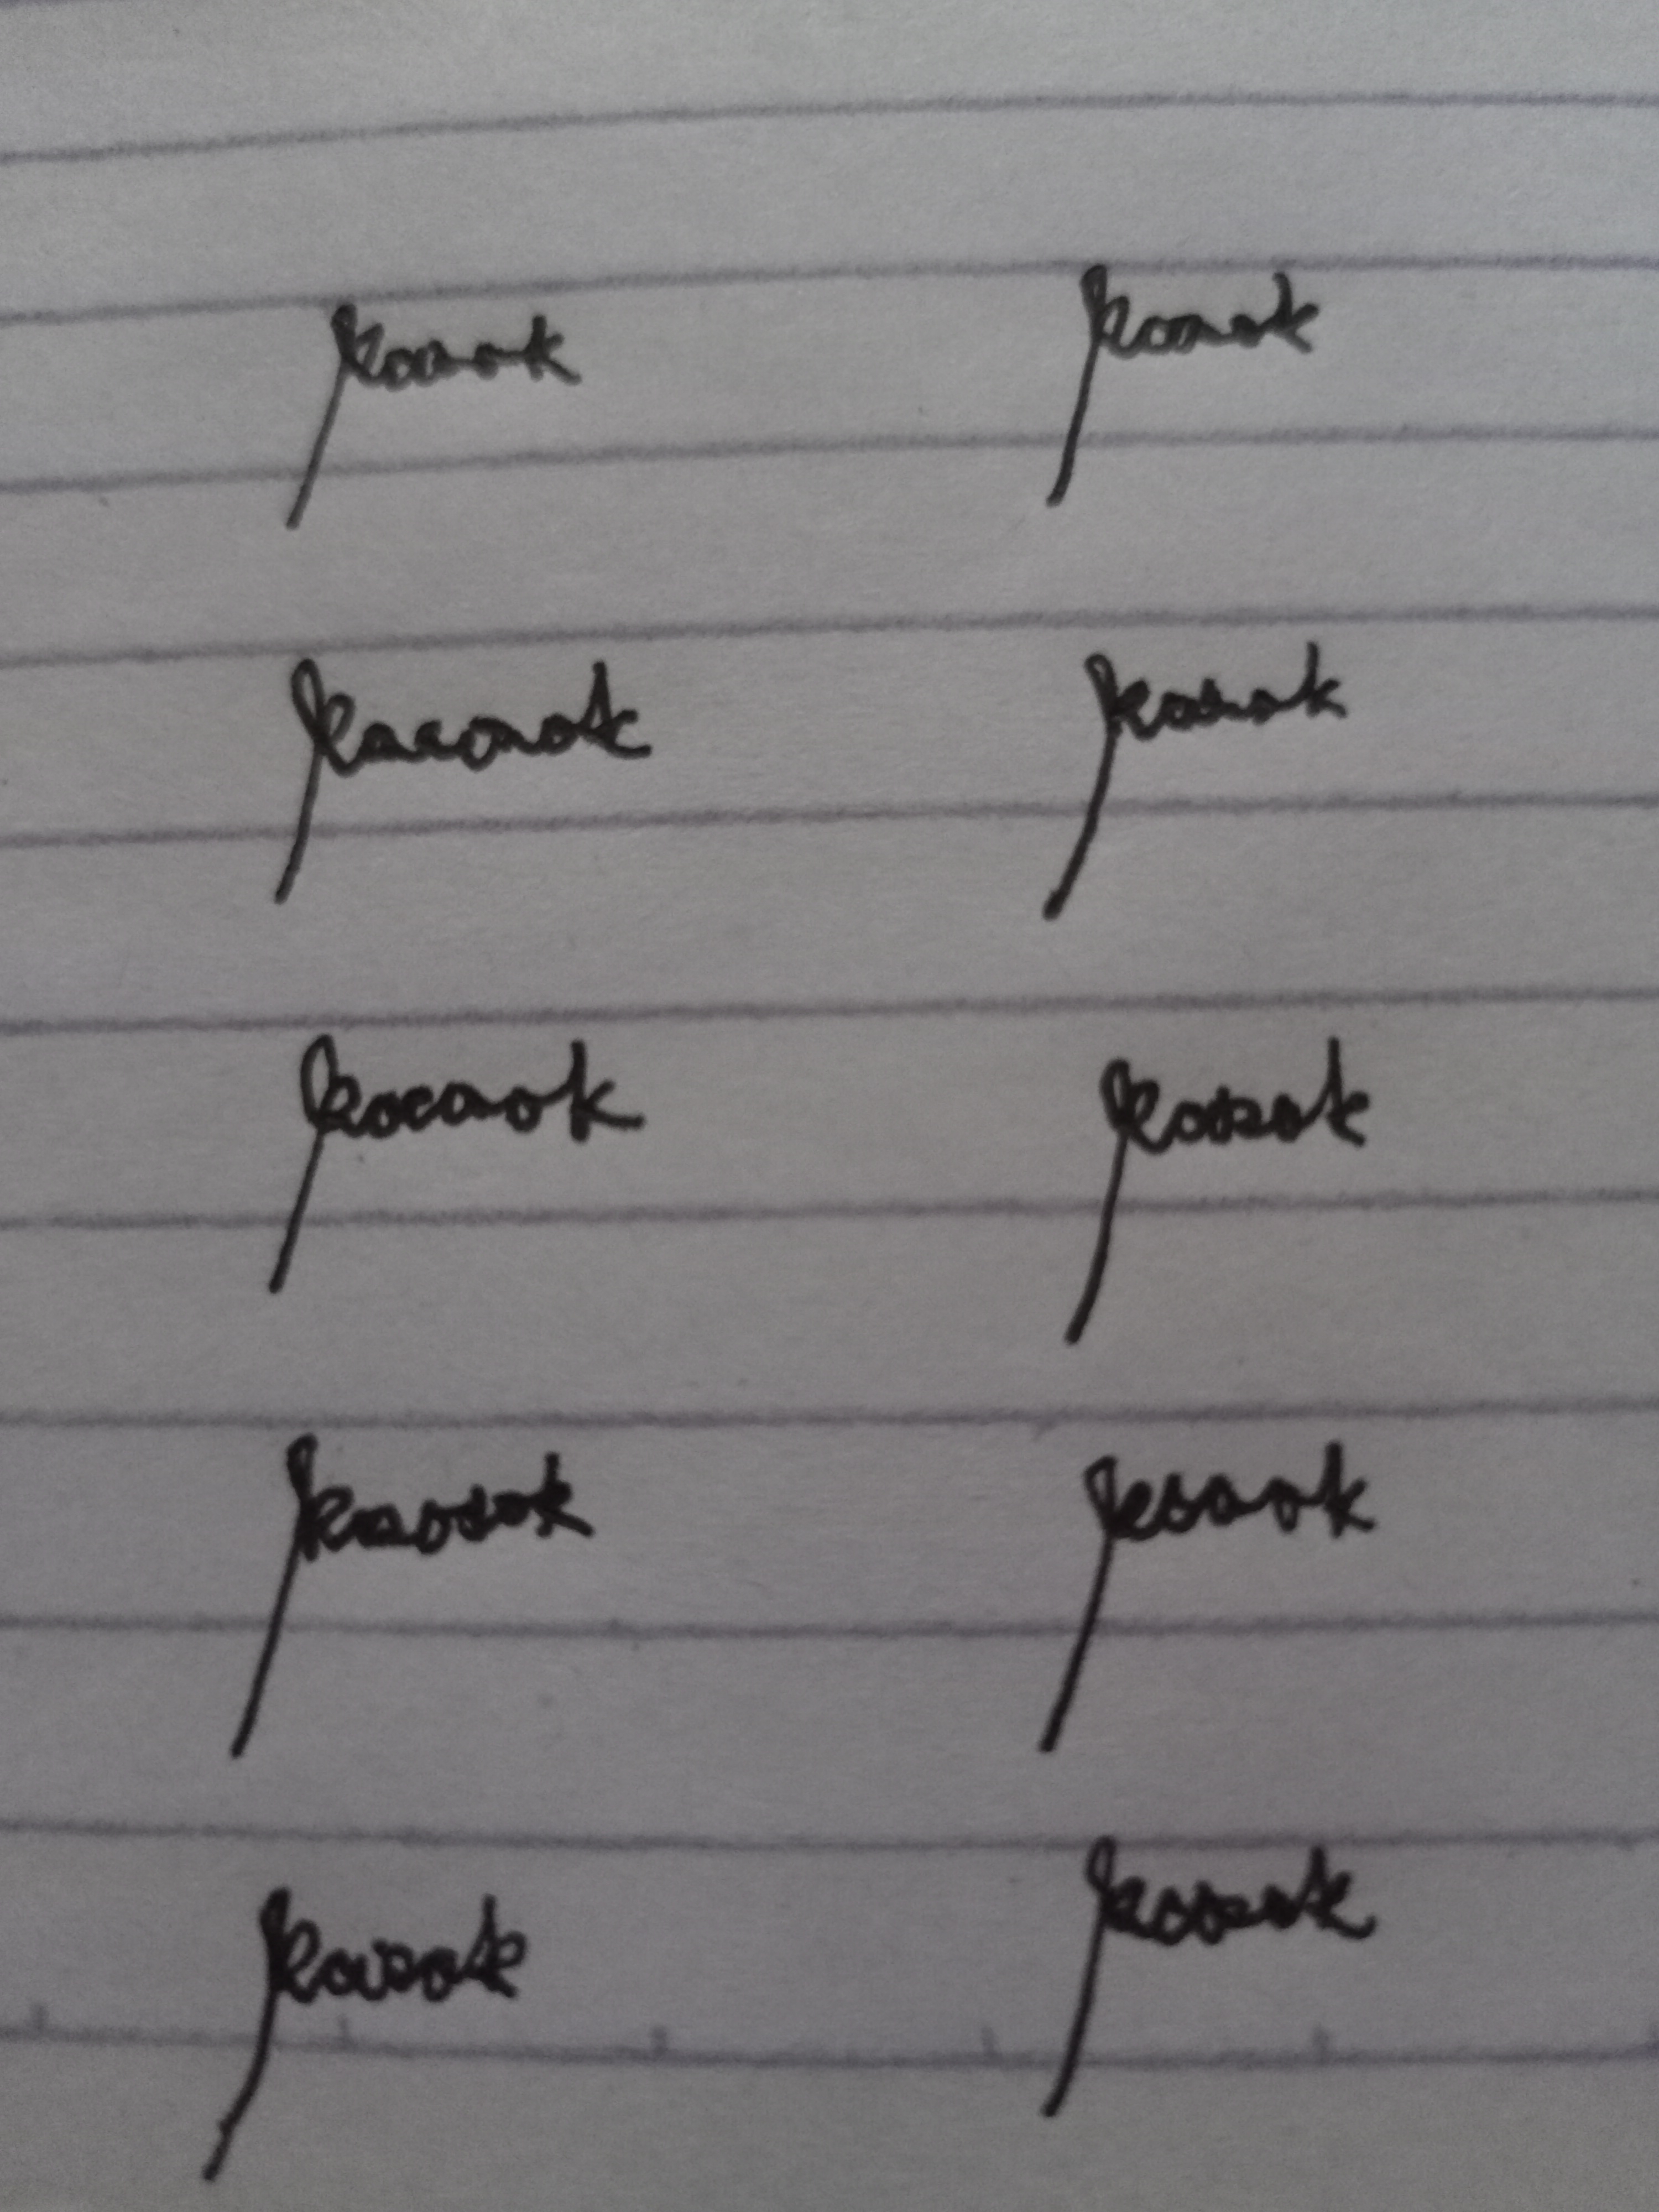
Signature authenticity: genuine